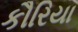
કૌરિયા